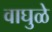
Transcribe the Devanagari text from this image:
वाघुळे